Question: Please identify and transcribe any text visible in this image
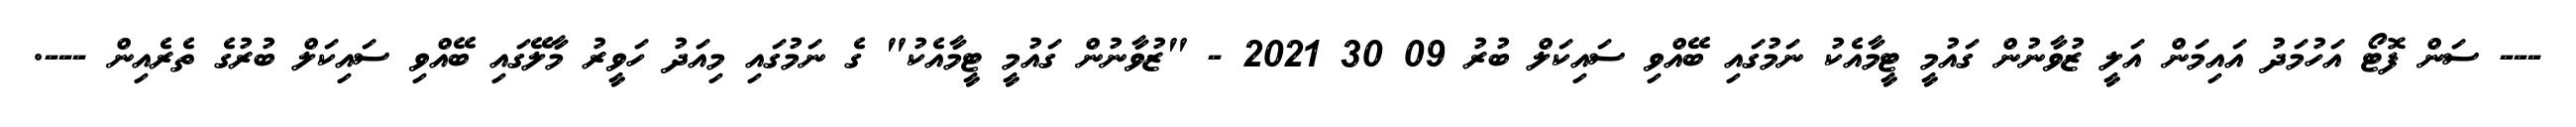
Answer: --- ސަން ފޮޓޯ އަހުމަދު އައިމަން އަލީ ޒުވާނުން ގައުމީ ޓީމާއެކު ނަމުގައި ބޭއްވި ސައިކަލް ބުރު 09 30 2021 - "ޒުވާނުން ގައުމީ ޓީމާއެކު" ގެ ނަމުގައި މިއަދު ހަވީރު މާލޭގައި ބޭއްވި ސައިކަލް ބުރުގެ ތެރެއިން ---.